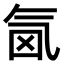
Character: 𣱜